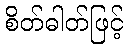
စိတ်ဓါတ်ဖြင့်